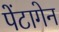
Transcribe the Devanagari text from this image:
पेंटागेन